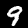
Digit: 9